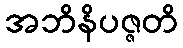
အဘိနိပဇ္ဇတိ